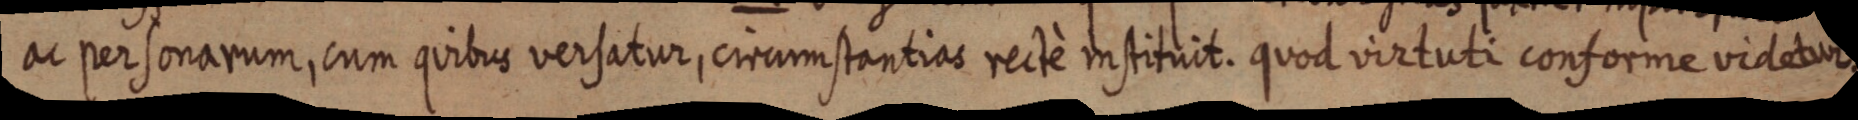
ac personarum, cum quibus versatur, circumstantias rectè instituit. quod virtuti conforme videtur